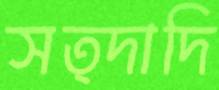
সত্দাদি